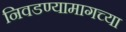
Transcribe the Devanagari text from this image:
निवडण्यामागच्या